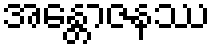
အန္တောဇနဿ